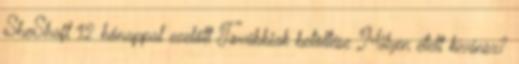
SheShaft 12 hónappal ezelőtt Továbbiak betöltése Milyen ételt kívánsz?